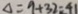
\Delta = 9 + 3 2 = 4 1